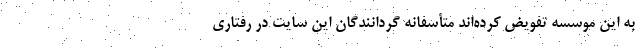
به این موسسه تفویض کرده‌اند متأسفانه گردانندگان این سایت در رفتاری